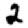
Digit: 2